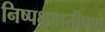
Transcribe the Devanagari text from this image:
निष्पक्षपातीपणे